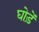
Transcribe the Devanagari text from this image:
घोड़ें